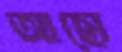
আছো